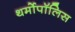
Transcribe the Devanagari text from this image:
थर्मोपॉलिस